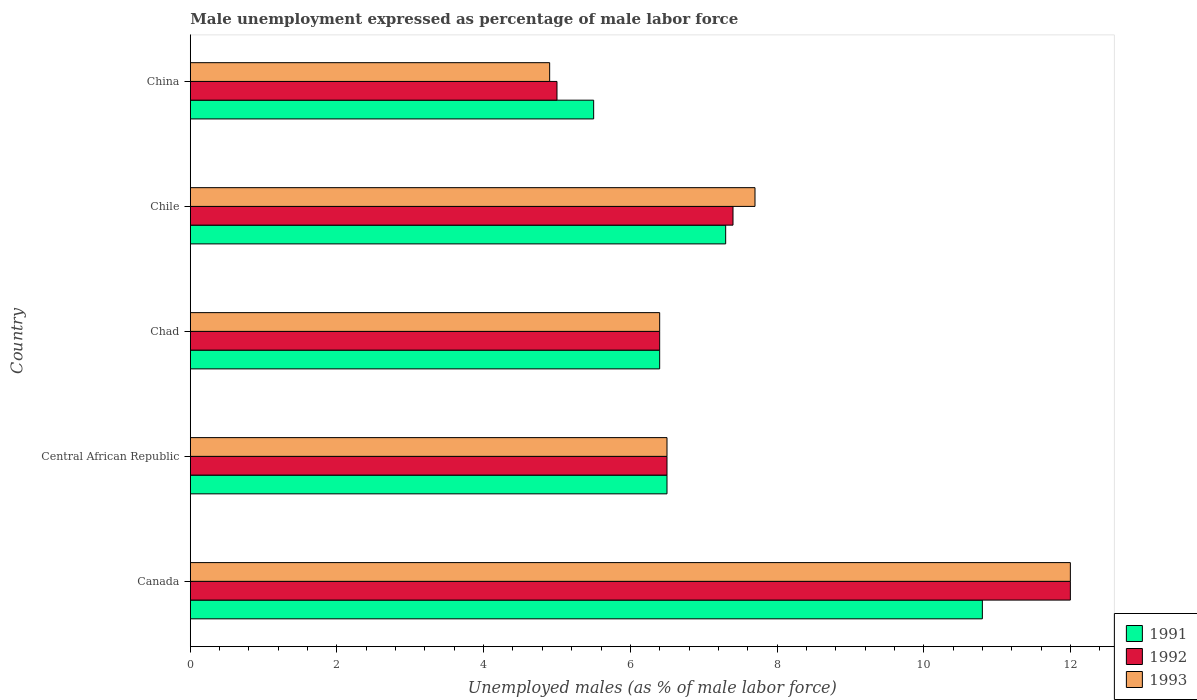
| Country | 1991 | 1992 | 1993 |
 | --- | --- | --- | --- |
 | Canada | 10.8 | 12 | 12 |
 | Central African Republic | 6.5 | 6.5 | 6.5 |
 | Chad | 6.4 | 6.4 | 6.4 |
 | Chile | 7.3 | 7.4 | 7.7 |
 | China | 5.5 | 5 | 4.9 |